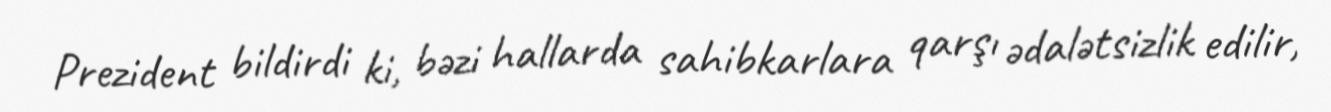
Prezident bildirdi ki, bəzi hallarda sahibkarlara qarşı ədalətsizlik edilir,